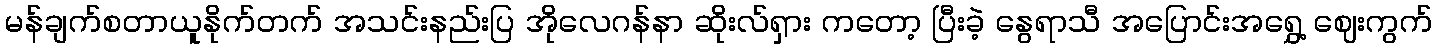
မန်ချက်စတာယူနိုက်တက် အသင်းနည်းပြ အိုလေဂန်နာ ဆိုးလ်ရှား ကတော့ ပြီးခဲ့ နွေရာသီ အပြောင်းအရွှေ့ ဈေးကွက်